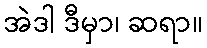
အဲဒါ ဒီမှာ၊ ဆရာ။